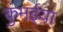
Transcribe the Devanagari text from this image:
कुंमईया